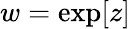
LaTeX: w=\exp[z]